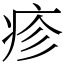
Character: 疹